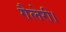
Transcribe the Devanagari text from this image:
गैलेरी।